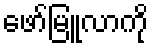
ဖော်မြူလာကို